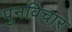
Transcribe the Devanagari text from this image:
पुनविचार